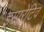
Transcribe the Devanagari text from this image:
इम्परेटिव